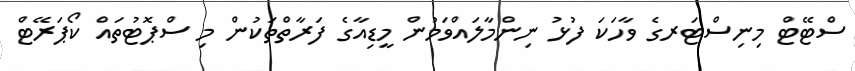
ސްޓޭޓް މިނިސްޓަރގެ ވާހަކަ ފުޅު ނިންމާލައްވަމުން މީޑިއާގެ ފަރާތްތަކުން މި ސްޕޮޓުތައް ކޯޕަރޭޓް